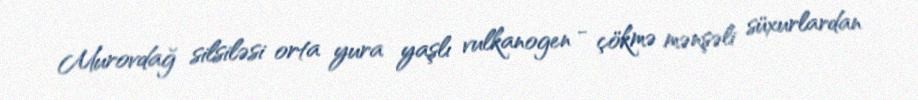
Murovdağ silsiləsi orta yura yaşlı vulkanogen - çökmə mənşəli süxurlardan